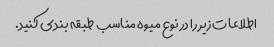
اطلاعات زیر را در نوع میوه مناسب طبقه بندی کنید.